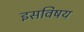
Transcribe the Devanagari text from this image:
इसविषय